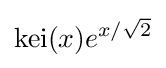
\mathrm {kei} (x)e^{x/{\sqrt {2}}}